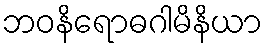
ဘဝနိရောဓဂါမိနိယာ